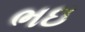
ભઇ